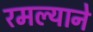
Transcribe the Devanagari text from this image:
रमल्याने